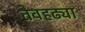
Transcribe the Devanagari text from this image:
तेवहढ्या